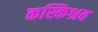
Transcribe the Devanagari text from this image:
कस्किश्रव